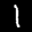
Label: 1